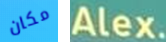
مكان Alex.